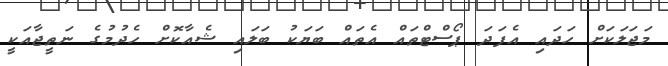
މަޖަލަކަށް ހަދައި އެފަދަ ޕޯސްޓްތައް އެތައް ބަޔަކު ބަލައި ޝެއާކޮށް ހެދުމުގެ ނަތީޖާއަކީ